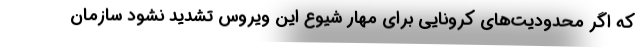
که اگر محدودیت‌های کرونایی برای مهار شیوع این ویروس تشدید نشود سازمان